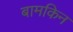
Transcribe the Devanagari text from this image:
बामकिन